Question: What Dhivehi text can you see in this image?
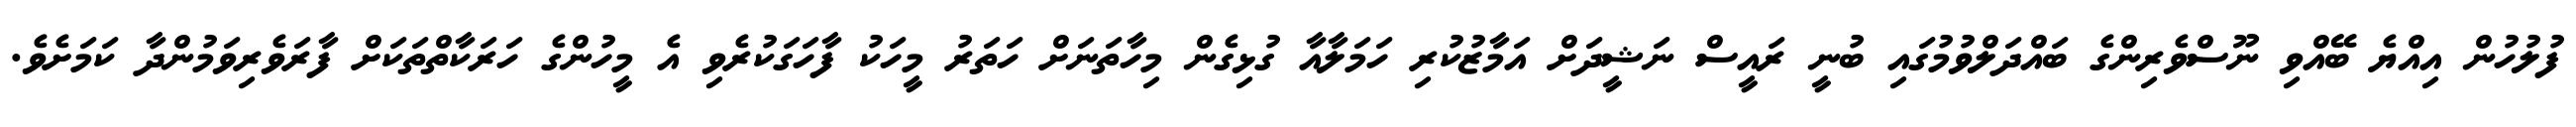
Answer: ފުލުހުން އިއްޔެ ބޭއްވި ނޫސްވެރިންގެ ބައްދަލްވުމުގައި ބުނީ ރައީސް ނަޝީދަށް އަމާޒުކުރި ހަމަލާއާ ގުޅިގެން މިހާތަނަށް ހަތަރު މީހަކު ފާހަގަކުރެވި އެ މީހުންގެ ހަރަކާތްތަކަށް ފާރަވެރިވަމުންދާ ކަމަށެވެ.